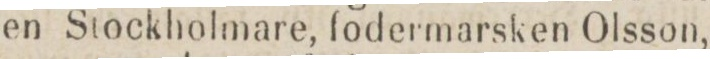
en Stockholmare, fodermarsken Olsson,